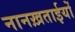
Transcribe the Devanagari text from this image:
नानख़ताईयों